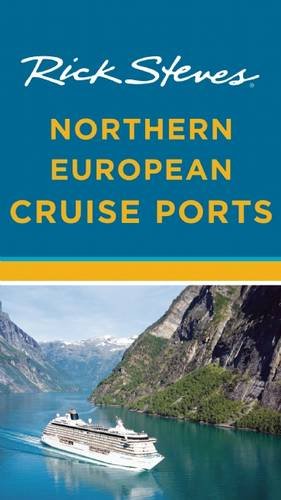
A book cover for Rick Steves Northern European Cruise Ports; Rick Steves; Travel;